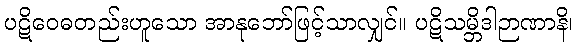
ပဋိဝေဓတည်းဟူသော အာနုဘော်ဖြင့်သာလျှင်။ ပဋိသမ္ဘိဒါဉာဏာနိ၊